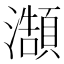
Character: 𭳥